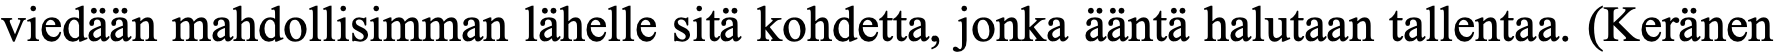
viedään mahdollisimman lähelle sitä kohdetta, jonka ääntä halutaan tallentaa. (Keränen